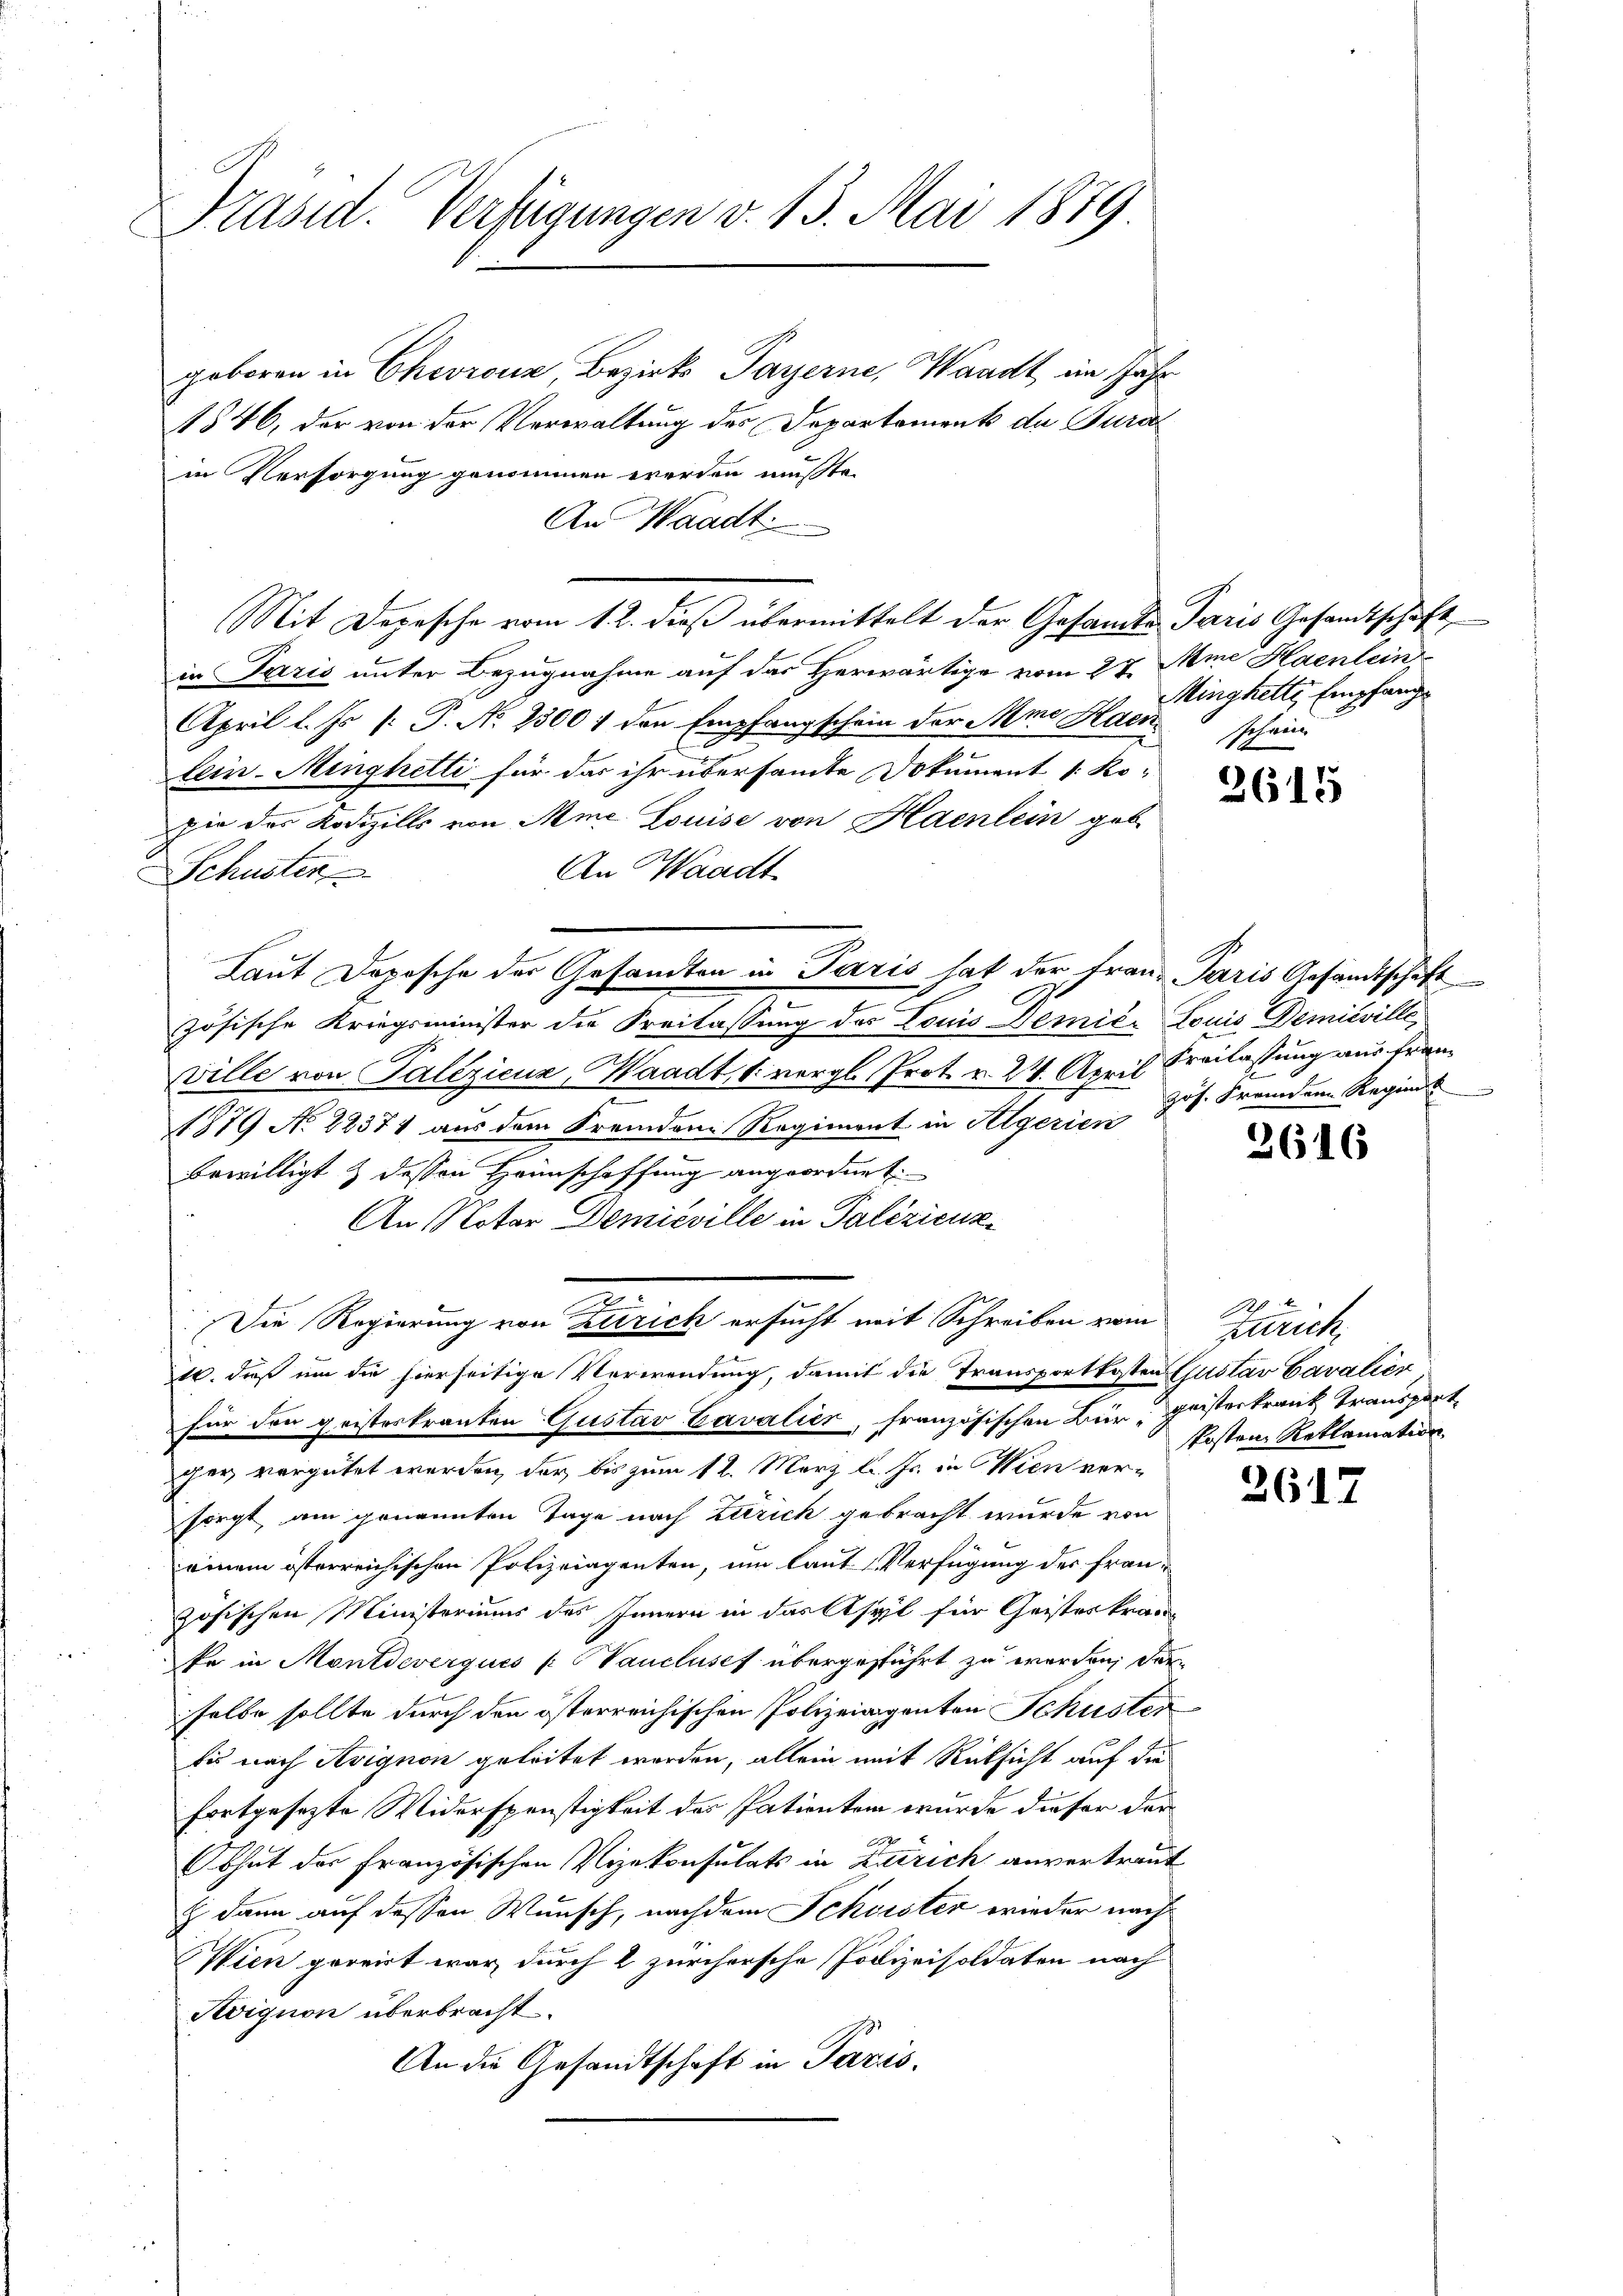
Präsid. Verfügungen v. 13. Mai 1889

Laut Dopische der Gesandten in Paris hat der Frau Paris Gesandtschaft

geboren in Chevronz Bezirks- Payerne, Waadt im Jahr
1546, der von der Verwaltung des Departements de Turc
in Versorgung genommen werden müßte.
An Waadt
in Paris unter Bezugnahme auf das Herwärtige vom 27. Mine Haenlein
April l. Js. [: P. No. 2300 / den Empfangschein der Mie Heder schein
lein-Minghelli für das ihr übersammte Dokument 1: Ko-
pie der Kodizills von Mine Louise von Haenlein geb.
An Waadt
Schuster
zösische Kriegsminister die Freilassung des Louis Demić. Louis Demisville,
ville von Palizienz, Waadt, 1 vergl. Prot. v. 24. April Kreilassung aus frane
1879 No 22371 aus dem Fremdene Regiment in Algerien
bewilligt & dessen Haunschaffung angeordnet
An Notar Demieville in Palezicuk
.
Die Regierung von Zürich ersucht mit Schreiben vom Zürich¬
10. daß um die hierseitige Verwendung, damit die Transportkosten Gustav Cavalier
für den geisteskranten Gustav Cavalier, französischen Bürgeistertrank, Transport
ger vergütet werden, der bis zum 12. März l. Js. in Wien versorgt, am genannten Tage nach Zürich gebracht wurde von
einem österreichischen Polizeiagenten, um laut Verfügung des französischen Ministeriums des Innern in das Asyl für Geisteskran-
ke in Montdeverques (Vancluses übergestührt zu werden, der
selbe sollte durch den österreichischen Polizeidigenten Schuster
bis nach Avignon geleitet worden, allein mit Rücksicht auf die
fortgesezte Widerspenstigkeit des Patienten wurde dieser dar¬
9
bhut der Französischen Vizekonsulats in Zutrich anvertraut
h dann auf dessen Wunsch, nachdem Schwister wieder nach
Wien gereit war, durch 2 zürchersche Polizeisoldaten nach
Rvigion überbracht.
An die Gesandtschaft in Paris.

Mit Depesche vom 1. 2. dieß übermittelt der Gesandte Paris Gesandtschaft

Minghette Empfang

3615

Jos. Fremden Reginnt

2616

kosten Reklamation

2617.